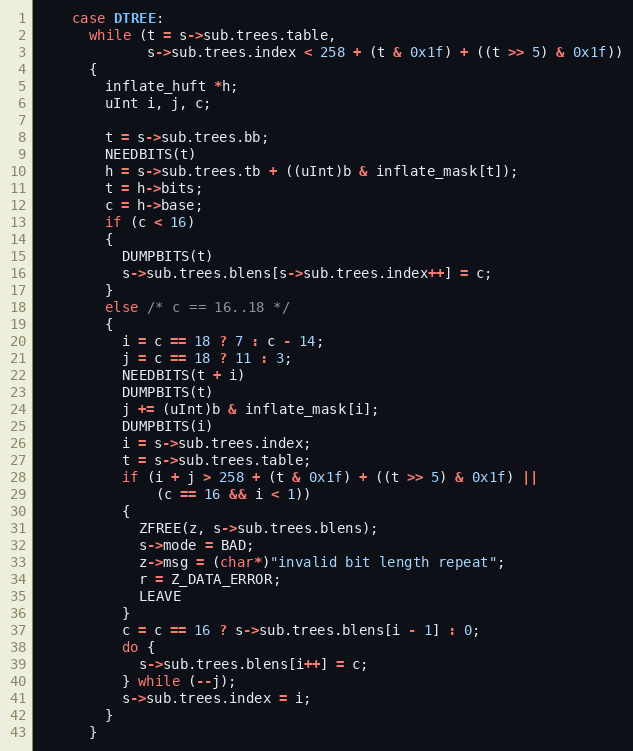
Language: C
    case DTREE:
      while (t = s->sub.trees.table,
             s->sub.trees.index < 258 + (t & 0x1f) + ((t >> 5) & 0x1f))
      {
        inflate_huft *h;
        uInt i, j, c;

        t = s->sub.trees.bb;
        NEEDBITS(t)
        h = s->sub.trees.tb + ((uInt)b & inflate_mask[t]);
        t = h->bits;
        c = h->base;
        if (c < 16)
        {
          DUMPBITS(t)
          s->sub.trees.blens[s->sub.trees.index++] = c;
        }
        else /* c == 16..18 */
        {
          i = c == 18 ? 7 : c - 14;
          j = c == 18 ? 11 : 3;
          NEEDBITS(t + i)
          DUMPBITS(t)
          j += (uInt)b & inflate_mask[i];
          DUMPBITS(i)
          i = s->sub.trees.index;
          t = s->sub.trees.table;
          if (i + j > 258 + (t & 0x1f) + ((t >> 5) & 0x1f) ||
              (c == 16 && i < 1))
          {
            ZFREE(z, s->sub.trees.blens);
            s->mode = BAD;
            z->msg = (char*)"invalid bit length repeat";
            r = Z_DATA_ERROR;
            LEAVE
          }
          c = c == 16 ? s->sub.trees.blens[i - 1] : 0;
          do {
            s->sub.trees.blens[i++] = c;
          } while (--j);
          s->sub.trees.index = i;
        }
      }